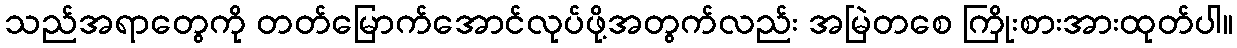
သည်အရာတွေကို တတ်မြောက်အောင်လုပ်ဖို့အတွက်လည်း အမြဲတစေ ကြိုးစားအားထုတ်ပါ။